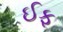
ઈફ